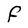
Character: F